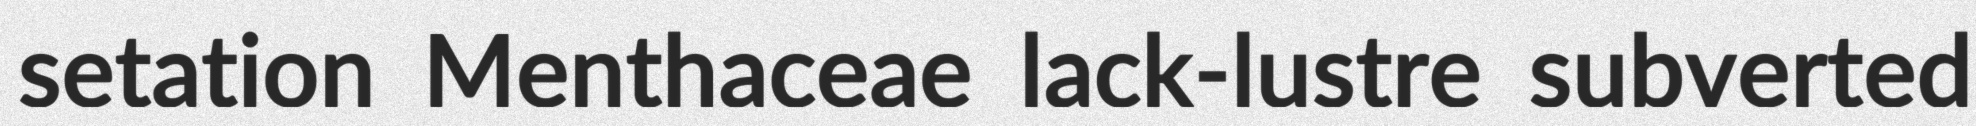
setation Menthaceae lack-lustre subverted